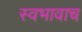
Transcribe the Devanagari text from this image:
स्वभावाच